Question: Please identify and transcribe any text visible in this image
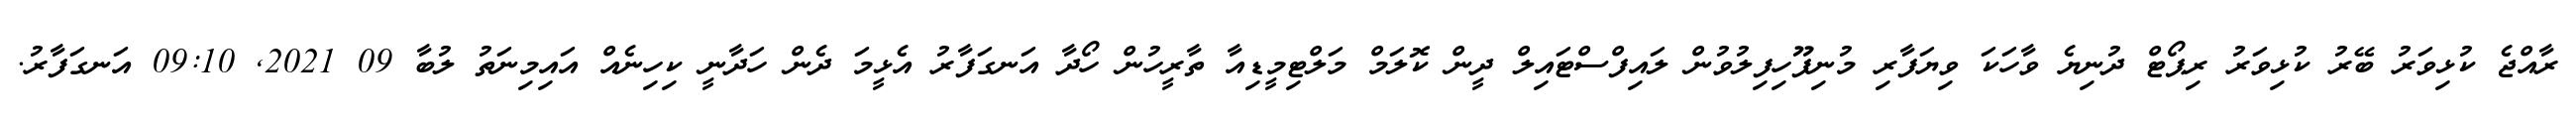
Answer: ރާއްޖެ ކުޅިވަރު ބޭރު ކުޅިވަރު ރިޕޯޓް ދުނިޔެ ވާހަކަ ވިޔަފާރި މުނިފޫހިފިލުވުން ލައިފްސްޓައިލް ދީން ކޮލަމް މަލްޓިމީޑިއާ ތާރީހުން ހޯދާ އަނގަފާރު އެޅީމަ ދެން ހަދާނީ ކިހިނެއް އައިމިނަތު ލުބާ 09 2021, 09:10 އަނގަފާރު.